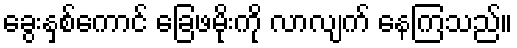
ခွေးနှစ်ကောင် ခြေဖမိုးကို လာလျက် နေကြသည်။